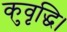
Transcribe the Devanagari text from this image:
कुवृद्धि।